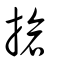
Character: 搶